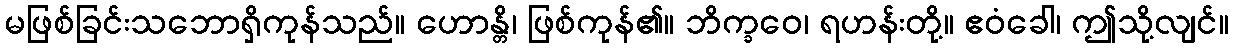
မဖြစ်ခြင်းသဘောရှိကုန်သည်။ ဟောန္တိ၊ ဖြစ်ကုန်၏။ ဘိက္ခဝေ၊ ရဟန်းတို့။ ဧဝံခေါ၊ ဤသို့လျင်။